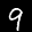
Label: 9